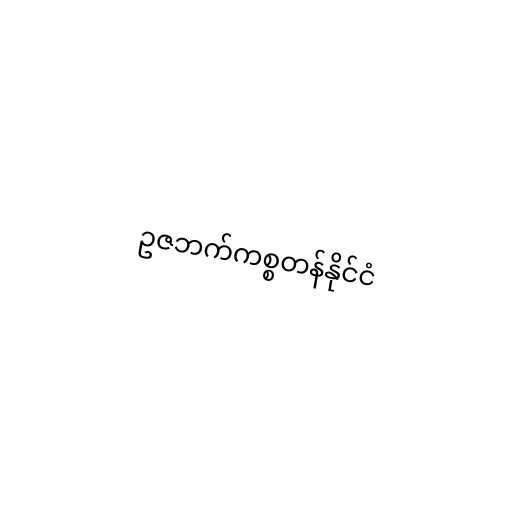
ဥဇဘက်ကစ္စတန်နိုင်ငံ